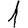
Digit: 1